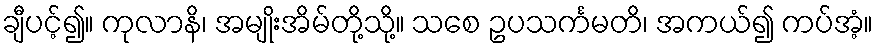
ချီပင့်၍။ ကုလာနိ၊ အမျိုးအိမ်တို့သို့။ သစေ ဥပသင်္ကမတိ၊ အကယ်၍ ကပ်အံ့။